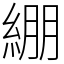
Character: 綳